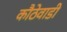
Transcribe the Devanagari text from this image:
कौठेवाडी